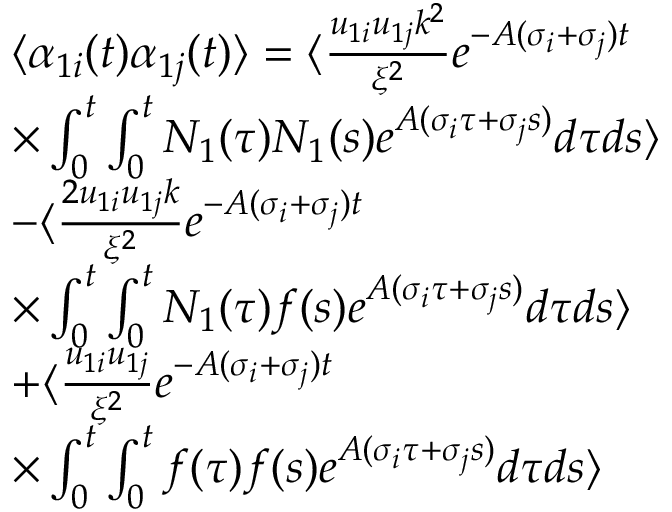
\begin{array} { r l } & { \langle \alpha _ { 1 i } ( t ) \alpha _ { 1 j } ( t ) \rangle = \langle \frac { u _ { 1 i } u _ { 1 j } k ^ { 2 } } { \xi ^ { 2 } } e ^ { - A ( \sigma _ { i } + \sigma _ { j } ) t } } \\ & { \times \int _ { 0 } ^ { t } \int _ { 0 } ^ { t } N _ { 1 } ( \tau ) N _ { 1 } ( s ) e ^ { A ( \sigma _ { i } \tau + \sigma _ { j } s ) } d \tau d s \rangle } \\ & { - \langle \frac { 2 u _ { 1 i } u _ { 1 j } k } { \xi ^ { 2 } } e ^ { - A ( \sigma _ { i } + \sigma _ { j } ) t } } \\ & { \times \int _ { 0 } ^ { t } \int _ { 0 } ^ { t } N _ { 1 } ( \tau ) f ( s ) e ^ { A ( \sigma _ { i } \tau + \sigma _ { j } s ) } d \tau d s \rangle } \\ & { + \langle \frac { u _ { 1 i } u _ { 1 j } } { \xi ^ { 2 } } e ^ { - A ( \sigma _ { i } + \sigma _ { j } ) t } } \\ & { \times \int _ { 0 } ^ { t } \int _ { 0 } ^ { t } f ( \tau ) f ( s ) e ^ { A ( \sigma _ { i } \tau + \sigma _ { j } s ) } d \tau d s \rangle } \end{array}